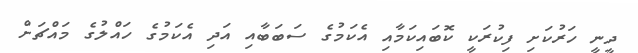
ދީނީ ހަރުކަށި ފިކުރަކީ ކޮބައިކަމާއި އެކަމުގެ ސަބަބާއި އަދި އެކަމުގެ ހައްލުގެ މައްޗަށް